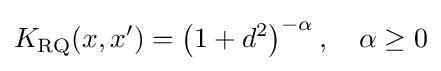
K_{\operatorname {RQ} }(x,x')=\left(1+d^{2}\right)^{-\alpha },\quad \alpha \geq 0